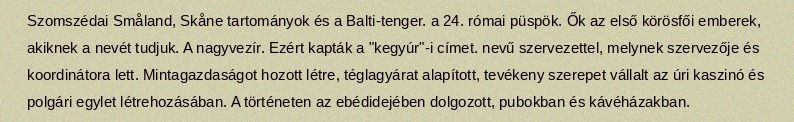
Szomszédai Småland, Skåne tartományok és a Balti-tenger. a 24. római püspök. Ők az első körösfői emberek, akiknek a nevét tudjuk. A nagyvezír. Ezért kapták a "kegyúr"-i címet. nevű szervezettel, melynek szervezője és koordinátora lett. Mintagazdaságot hozott létre, téglagyárat alapított, tevékeny szerepet vállalt az úri kaszinó és polgári egylet létrehozásában. A történeten az ebédidejében dolgozott, pubokban és kávéházakban.